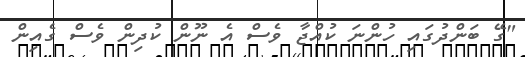
"ގޭ ބަންދުގައި ހުންނަ ކުއްޖާ ވެސް އެ ނޫން ކުދިން ވެސް ގެއިން